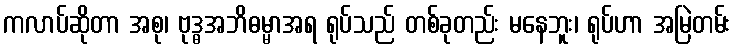
ကလာပ်ဆိုတာ အစု၊ ဗုဒ္ဓအဘိဓမ္မာအရ ရုပ်သည် တစ်ခုတည်း မနေဘူး၊ ရုပ်ဟာ အမြဲတမ်း